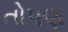
તોપણ